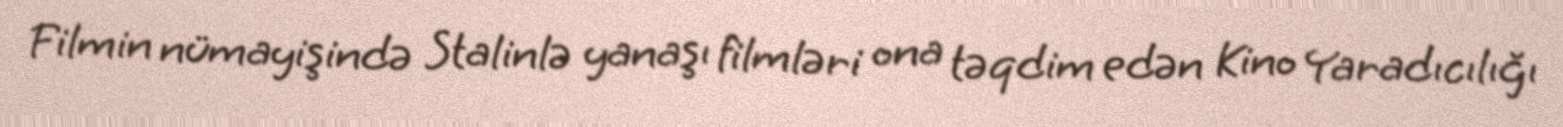
Filmin nümayişində Stalinlə yanaşı filmləri ona təqdim edən Kino Yaradıcılığı